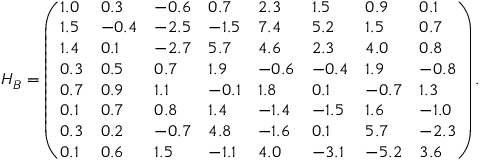
H _ { B } = \left( \begin{array} { l l l l l l l l } { 1 . 0 } & { 0 . 3 } & { - 0 . 6 } & { 0 . 7 } & { 2 . 3 } & { 1 . 5 } & { 0 . 9 } & { 0 . 1 } \\ { 1 . 5 } & { - 0 . 4 } & { - 2 . 5 } & { - 1 . 5 } & { 7 . 4 } & { 5 . 2 } & { 1 . 5 } & { 0 . 7 } \\ { 1 . 4 } & { 0 . 1 } & { - 2 . 7 } & { 5 . 7 } & { 4 . 6 } & { 2 . 3 } & { 4 . 0 } & { 0 . 8 } \\ { 0 . 3 } & { 0 . 5 } & { 0 . 7 } & { 1 . 9 } & { - 0 . 6 } & { - 0 . 4 } & { 1 . 9 } & { - 0 . 8 } \\ { 0 . 7 } & { 0 . 9 } & { 1 . 1 } & { - 0 . 1 } & { 1 . 8 } & { 0 . 1 } & { - 0 . 7 } & { 1 . 3 } \\ { 0 . 1 } & { 0 . 7 } & { 0 . 8 } & { 1 . 4 } & { - 1 . 4 } & { - 1 . 5 } & { 1 . 6 } & { - 1 . 0 } \\ { 0 . 3 } & { 0 . 2 } & { - 0 . 7 } & { 4 . 8 } & { - 1 . 6 } & { 0 . 1 } & { 5 . 7 } & { - 2 . 3 } \\ { 0 . 1 } & { 0 . 6 } & { 1 . 5 } & { - 1 . 1 } & { 4 . 0 } & { - 3 . 1 } & { - 5 . 2 } & { 3 . 6 } \end{array} \right) .